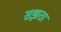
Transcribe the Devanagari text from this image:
सझता